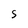
Character: s